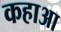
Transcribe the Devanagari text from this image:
कहाआ